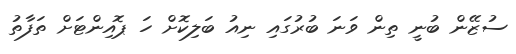
ސުޒޭން ބުނީ ތިން ވަނަ ބުރުގައި ނިއު ބަލިކޮށް ހަ ޕޮއިންޓަށް ތަފާތު